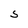
Character: S